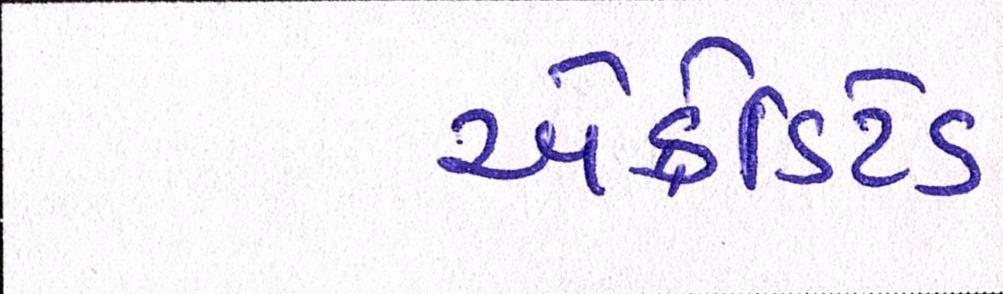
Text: એક્રેડિટેડ